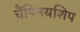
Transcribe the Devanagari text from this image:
चैंपिनयशिप